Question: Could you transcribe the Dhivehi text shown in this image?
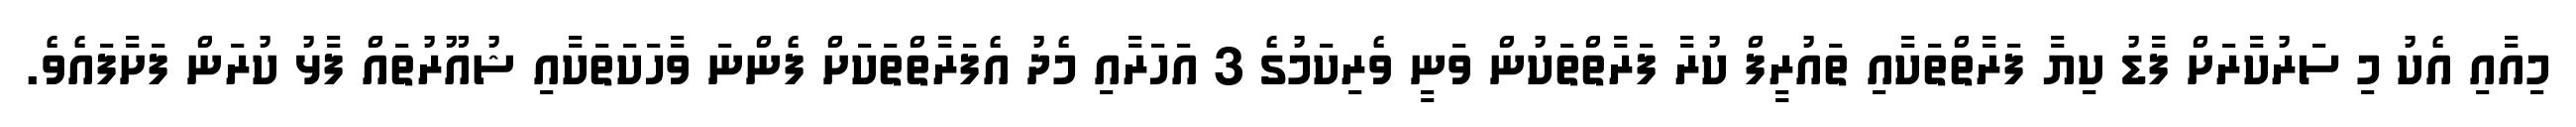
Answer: މިއާއި އެކު މި ސަރުކާރަށް ފާޑު ކިޔާ ފަރާތްތަކާއި ތައުރީފް ކުރާ ފަރާތްތަކުން ވަނީ ވެރިކަމުގެ 3 އަހަރާއި މެދު އެފަރާތްތަކަށް ފެންނަ ވާހަކަތަކާއި ޝުއޫރުތައް ފާޅު ކުރަން ފަށާފައެވެ.